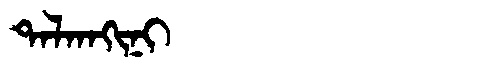
Manchu: ᡨᠠᠯᡴᠠᡴᡳᠨᡳ
Romanization: TALKAKINI